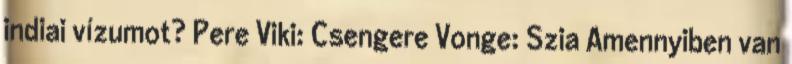
indiai vízumot? Pere Viki: Csengere Vonge: Szia Amennyiben van